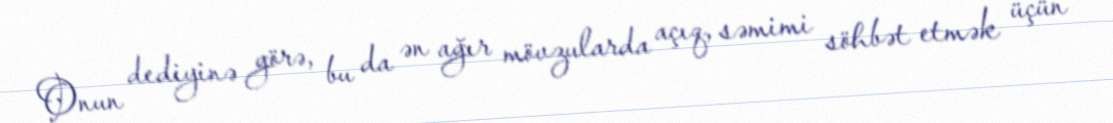
Onun dediyinə görə, bu da ən ağır mövzularda açıq, səmimi söhbət etmək üçün